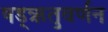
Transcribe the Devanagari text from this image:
षड्‌ऋतुवर्णन